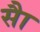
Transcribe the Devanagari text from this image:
साै